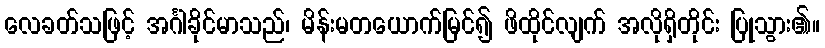
လေခတ်သဖြင့် အင်္ဂါခိုင်မာသည်၊ မိန်းမတယောက်မြင်၍ ဖိထိုင်လျက် အလိုရှိတိုင်း ပြုသွား၏။